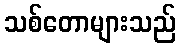
သစ်တောများသည်